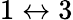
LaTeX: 1\leftrightarrow 3